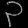
Digit: ၃